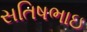
સતિષભાઇ